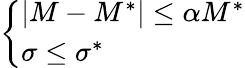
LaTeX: \left\{ \begin{array}{ll}{\lvert M-M^{*}\rvert\le\alpha M^{*}}\\ {\sigma\le\sigma^{*}}\end{array}\right.